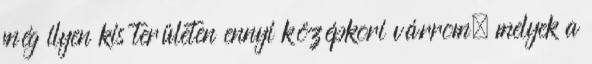
még ilyen kis területen ennyi középkori várrom, melyek a